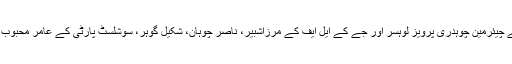
پاک فیڈریشن کے چیئرمین چوہدری پرویز لوہسر اور جے کے ایل ایف کے مرزاشبیر، ناصر چوہان، شکیل گوہر، سوشلسٹ پارٹی کے عامر محبوب بھی شامل تھے۔